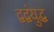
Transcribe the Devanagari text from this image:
द्वद्वंयुद्ध